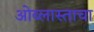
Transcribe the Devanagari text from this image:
ओब्लास्ताचा